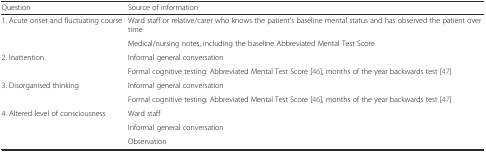
| Question | Source of information |
 | --- | --- |
 | <ROWSPAN=2> 1. Acute onset and fluctuating course | Ward staff or relative/carer who knows the patient’s baseline mental status and has observed the patient over time |
 | Medical/nursing notes, including the baseline Abbreviated Mental Test Score |
 | <ROWSPAN=2> 2. Inattention | Informal general conversation |
 | Formal cognitive testing: Abbreviated Mental Test Score [46], months of the year backwards test [47] |
 | <ROWSPAN=2> 3. Disorganised thinking | Informal general conversation |
 | Formal cognitive testing: Abbreviated Mental Test Score [46], months of the year backwards test [47] |
 | <ROWSPAN=3> 4. Altered level of consciousness | Ward staff |
 | Informal general conversation |
 | Observation |